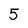
Character: 5